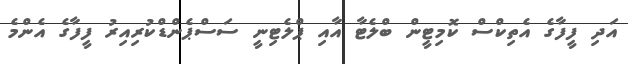
އަދި ފީފާގެ އެތިކްސް ކޮމިޓީން ބްލެޓާ އާއި ޕްލެޓިނީ ސަސްޕެންޑްކުރިއިރު ފީފާގެ އެންމެ